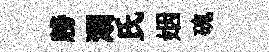
牓溺氏姻磈